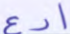
ادع